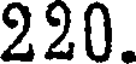
220.